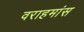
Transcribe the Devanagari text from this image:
वराहमांस